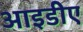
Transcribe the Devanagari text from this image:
आइडीए